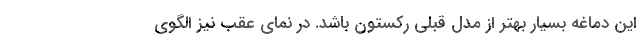
این دماغه بسیار بهتر از مدل قبلی رکستون باشد. در نمای عقب نیز الگوی